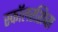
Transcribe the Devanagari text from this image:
स्कॉलरशिप्स